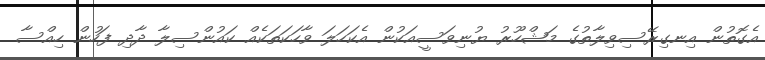
އެގޮތުން އިނގިރޭސިވިލާތުގެ މަޝްހޫރު ޔުނިވަސީއަކުން އެކަހަލަ ވާހަކަތަކެއް ކައުންސިލާ ދާދި ފަހުން ހިއްސާ